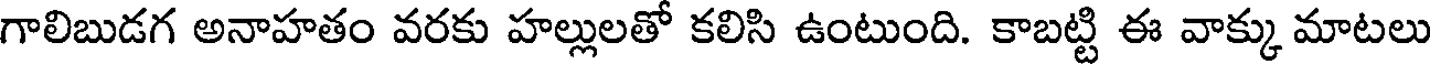
గాలిబుడగ అనాహతం వరకు హల్లులతో కలిసి ఉంటుంది. కాబట్టి ఈ వాక్కు మాటలు